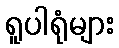
ရူပါရုံများ